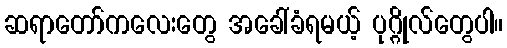
ဆရာတော်ကလေးတွေ အခေါ်ခံရမယ့် ပုဂ္ဂိုလ်တွေပါ။